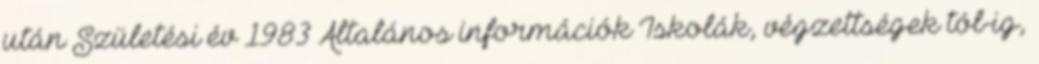
után Születési év 1983 Általános információk Iskolák, végzettségek tól-ig,